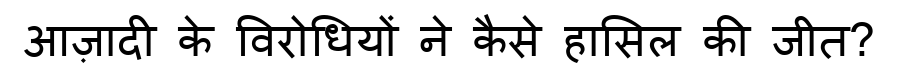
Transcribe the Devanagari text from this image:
आज़ादी के विरोधियों ने कैसे हासिल की जीत?